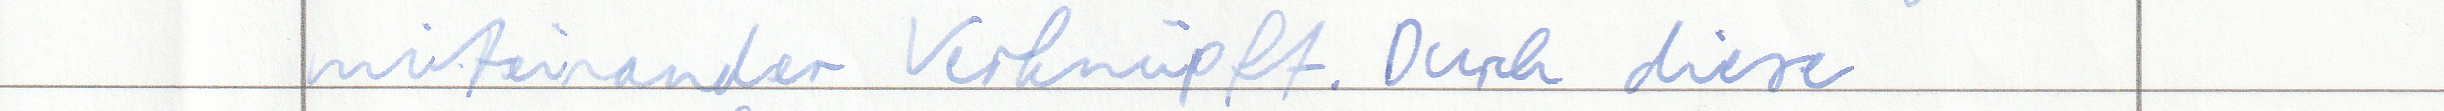
miteinander Verknüpft. Durch diese